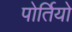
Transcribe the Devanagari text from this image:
पोर्तियो